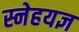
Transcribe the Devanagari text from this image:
स्नेहयज्ञ